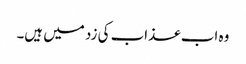
وہ اب عذاب کی زد میں ہیں۔